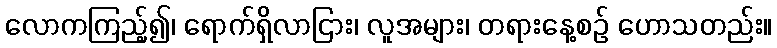
လောကကြည့်၍၊ ရောက်ရှိလာငြား၊ လူအများ၊ တရားနေ့စဉ် ဟောသတည်း။